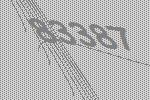
83387